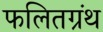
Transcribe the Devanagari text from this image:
फलितग्रंथ